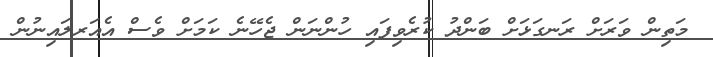
މަތިން ވަރަށް ރަނގަޅަށް ބަންދު ކުރެވިފައި ހުންނަން ޖެހޭނެ ކަމަށް ވެސް އެއަރލައިނުން